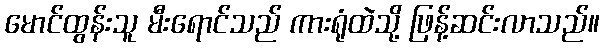
မောင်ထွန်းသူ မီးရောင်သည် ကားရုံထဲသို့ ဖြန့်ဆင်းလာသည်။